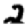
Digit: 2